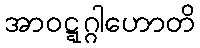
အာဝဋ္ဋဂ္ဂါဟောတိ